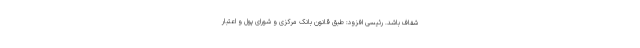
شفاف باشد. رئیسی افزود: طبق قانون بانک مرکزی و شورای پول و اعتبار